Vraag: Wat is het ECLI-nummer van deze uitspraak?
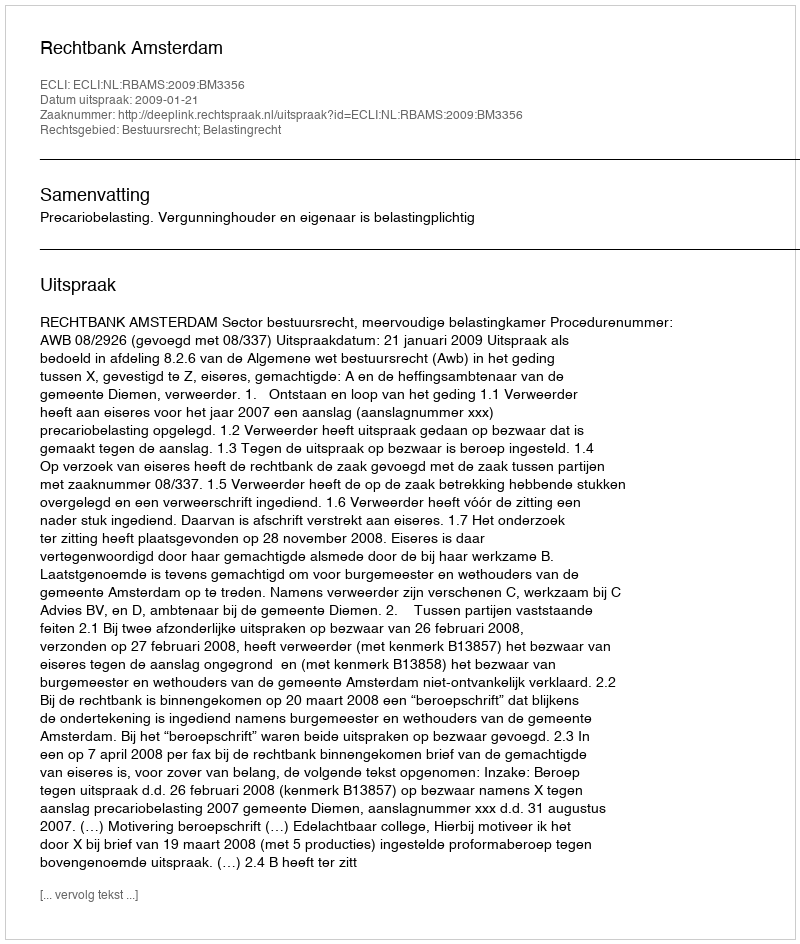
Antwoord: ECLI:NL:RBAMS:2009:BM3356